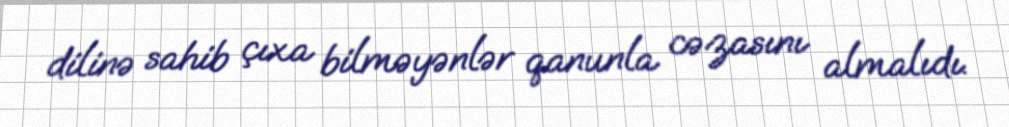
dilinə sahib çıxa bilməyənlər qanunla cəzasını almalıdı.